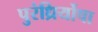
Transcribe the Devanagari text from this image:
पुरंध्रिर्योषा